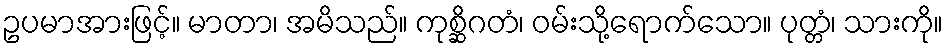
ဥပမာအားဖြင့်။ မာတာ၊ အမိသည်။ ကုစ္ဆိဂတံ၊ ဝမ်းသို့ရောက်သော။ ပုတ္တံ၊ သားကို။